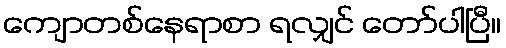
ကျောတစ်နေရာစာ ရလျှင် တော်ပါပြီ။